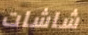
شاشات